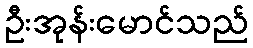
ဦးအုန်းမောင်သည်